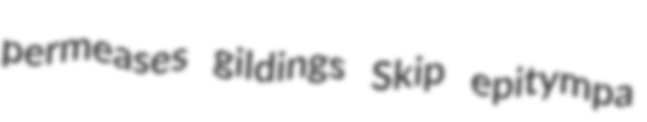
permeases gildings Skip epitympa